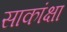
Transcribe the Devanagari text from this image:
साकांक्षा